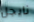
نايجل